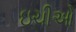
ઇચીઓ